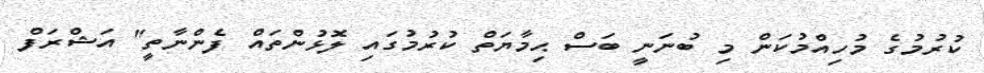
ކުރުމުގެ މުހިއްމުކަން މި ބުނަނީ ބަސް ޙިމާޔަތް ކުރުމުގައި ލޮޅުންތައް ފެންނާތީ" އަޝްރަފް